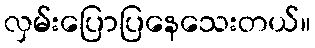
လှမ်းပြောပြနေသေးတယ်။